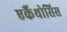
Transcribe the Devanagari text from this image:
एकैंथोसिस